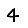
Digit: 4